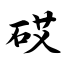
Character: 砹